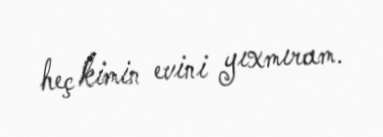
heç kimin evini yıxmıram.